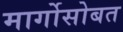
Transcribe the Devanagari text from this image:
मार्गोसोबत